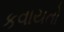
કવાયતો